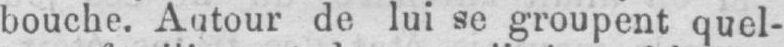
bouche. Autour de lui se groupent quel-